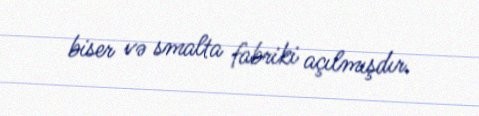
biser və smalta fabriki açılmışdır.